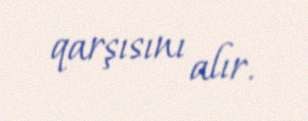
qarşısını alır.